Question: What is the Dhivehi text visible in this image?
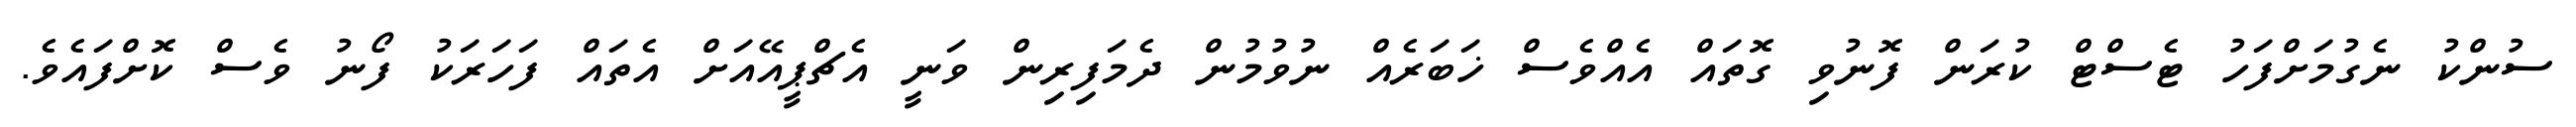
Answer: ސުންކު ނެގުމަށްފަހު ޓެސްޓް ކުރަން ފޮނުވި ގޮތައް އެއްވެސް ޚަބަރެއް ނުވުމުން ދެމަފިރިން ވަނީ އެޗްޕީއޭއަށް އެތައް ފަހަރަކު ފޯނު ވެސް ކޮށްފައެވެ.